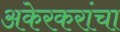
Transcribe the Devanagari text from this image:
अकेरकरांचा